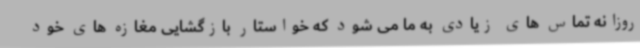
روزانه تماس های زیادی به ما می شود که خواستار بازگشایی مغازه های خود